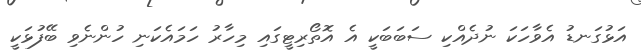
އަޅުގަނޑު އެވާހަކަ ނުދެއްކި ސަބަބަކީ އެ އޮތޯރިޓީގައި މިހާރު ހަމައެކަނި ހުންނެވި ބޭފުޅަކީ